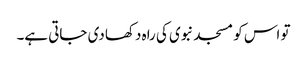
تو اس کو مسجد نبوی کی راہ دکھا دی جاتی ہے۔